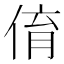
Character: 俼